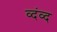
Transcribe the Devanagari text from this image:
व्दंव्द